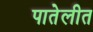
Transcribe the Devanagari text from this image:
पातेलीत